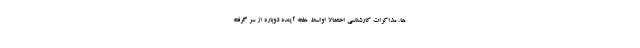
ها، مذاکرات کارشناسی احتمالا اواسط هفته آینده دوباره از سر گرفته